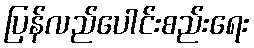
ပြန်လည်ပေါင်းစည်းရေး